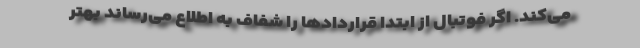
می‌کند. اگر فوتبال از ابتدا قراردادها را شفاف به اطلاع می‌رساند بهتر